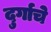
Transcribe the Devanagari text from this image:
दुर्गाचे